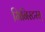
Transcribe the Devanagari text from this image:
मिनिस्टरस्